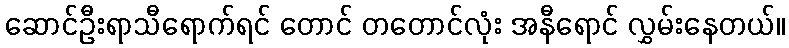
ဆောင်ဦးရာသီရောက်ရင် တောင် တတောင်လုံး အနီရောင် လွှမ်းနေတယ်။